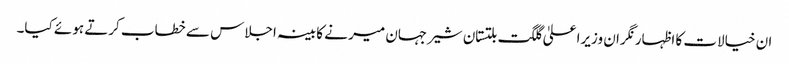
ان خیالات کا اظہار نگران وزیرا علیٰ گلگت بلتستان شیرجہان میر نے کابینہ اجلاس سے خطاب کرتے ہوئے کیا۔